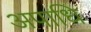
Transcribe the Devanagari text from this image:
अपाधि